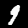
Digit: 9